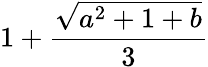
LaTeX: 1+\frac{\sqrt{a^{2}+1+b}}{3}